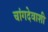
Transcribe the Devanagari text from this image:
चांगदेवाशी